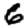
Digit: 6